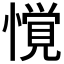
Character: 𱟌